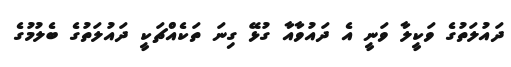
ދައުލަތުގެ ވަކީލާ ވަނީ އެ ދައުވާއާ ގުޅޭ ގިނަ ތަކެއްޗަކީ ދައުލަތުގެ ބެލުމުގެ